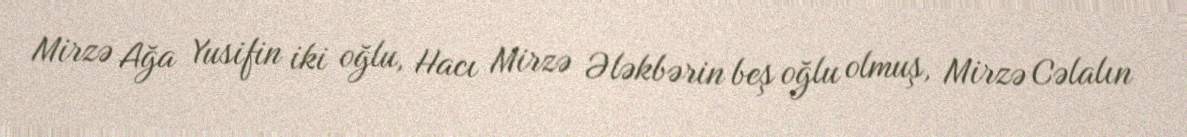
Mirzə Ağa Yusifin iki oğlu, Hacı Mirzə Ələkbərin beş oğlu olmuş, Mirzə Cəlalın